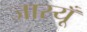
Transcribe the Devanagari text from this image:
जास्यूँ